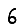
Digit: 6